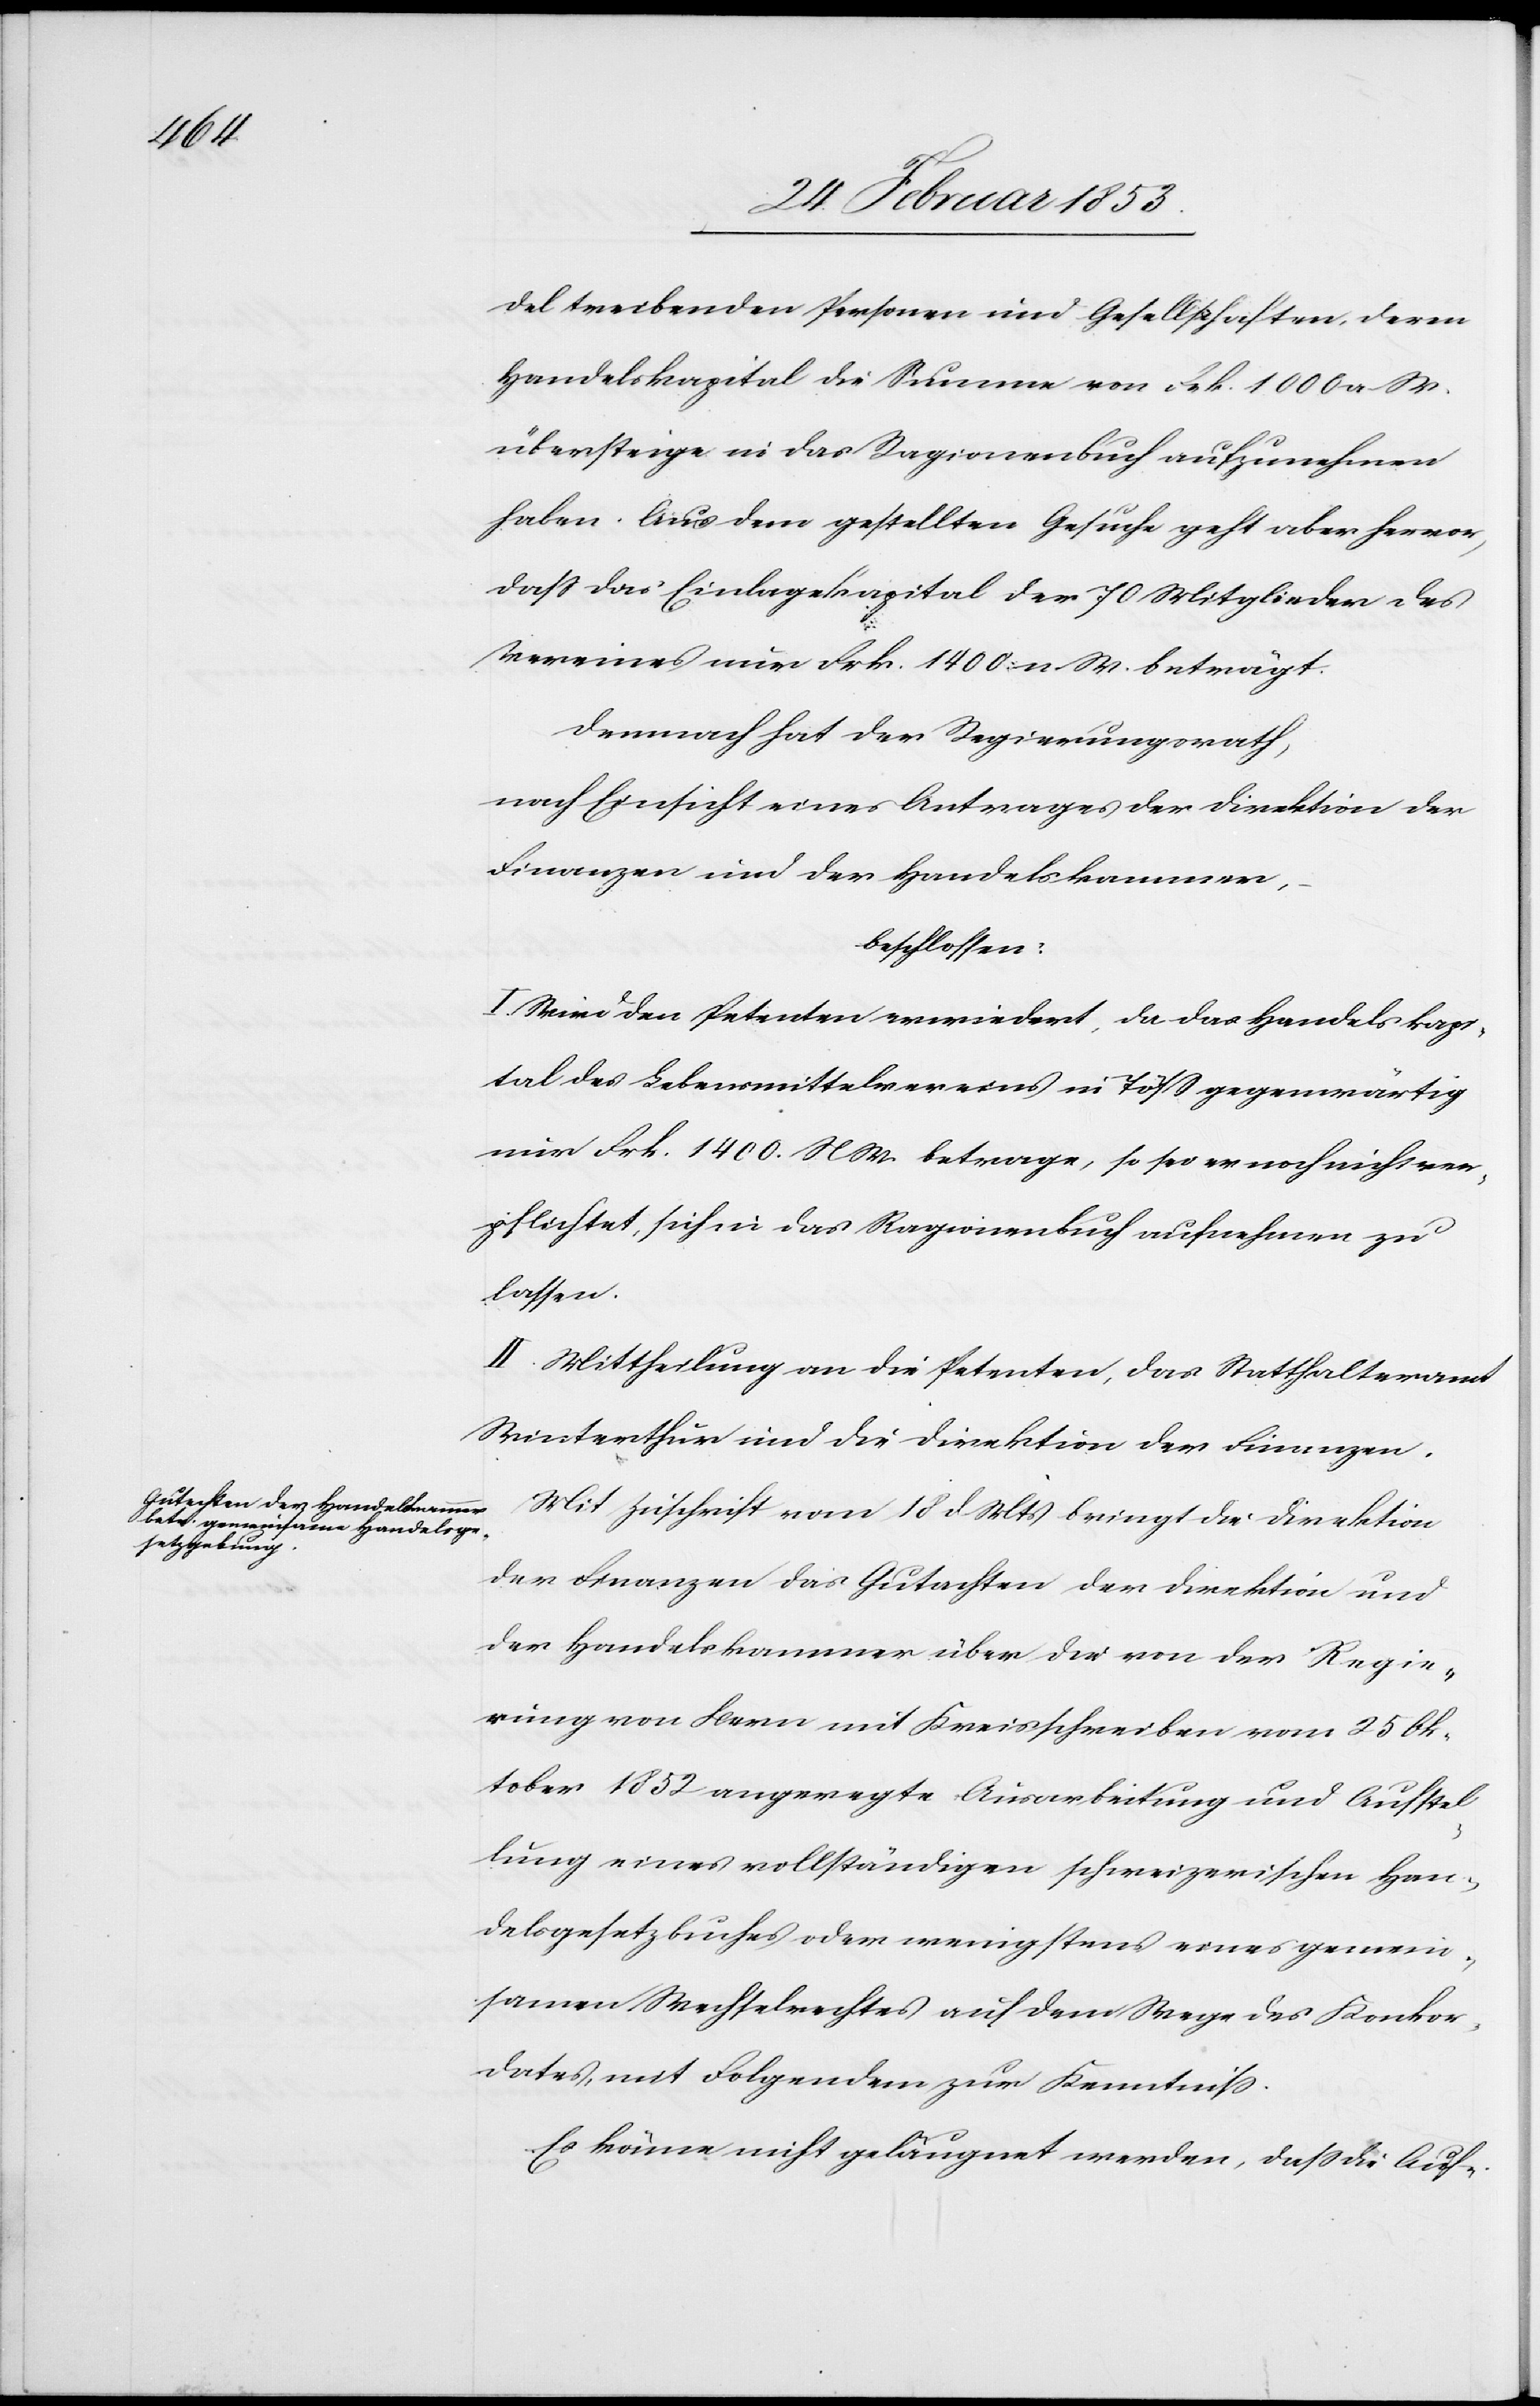
del treibenden Personen und Gesellschaften, deren
Handelskapital die Summe von Frk. 1000 a. W.
übersteige in das Ragionenbuch aufzunehmen
haben. Aus dem gestellten Gesuche geht aber hervor,
daß das Einlagenkapital der 70 Mitglieder des
Vereines nur Frk. 1400. n. W. beträgt.
Demnach hat der Regierungsrath,
nach Einsicht eines Antrages der Direktion der
beschlossen:
I. Wird den Petenten erwiedert, da das Handelskapi¬
tal des Lebensmittelvereines in Töß gegenwärtig
nur Frk. 1400 N. W. betrage, so sei er noch nicht ver¬
pflichtet, sich in das Ragionenbuch aufnehmen zu
lassen.
II. Mittheilung an die Petenten, das Statthalteramt
Winterthur und die Direktion der Finanzen.
Mit Zuschrift vom 18 d. Mts. bringt die Direktion
der Finanzen das Gutachten der Direktion und
der Handelskammer über die von der Regie¬
rung von Bern mit Kreisschreiben vom 25 Ok¬
tober 1852 angeregte Ausarbeitung und Aufstel¬
lung eines vollständigen schweizerischen Han¬
delsgesetzbuches oder wenigstens eines gemein¬
samen Wechselrechtes auf dem Wege des Konkor¬
dates, mit Folgendem zur Kenntniß.
Es könne nicht geläugnet werden, daß die Auf-